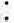
: